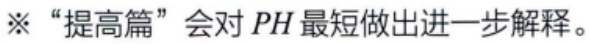
※ “提高篇”会对 \(PH\) 最短做出进一步解释。